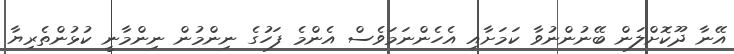
އޭނާ ދޫކޮށްލަން ބޭނުންނުވާ ކަމަށާއި އެހެންނަމަވެސް އެންމެ ފަހުގެ ނިންމުން ނިންމާނީ ކުޅުންތެރިޔާ